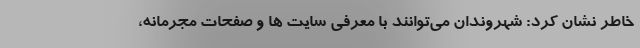
خاطر نشان کرد: شهروندان می‌توانند با معرفی سایت ها و صفحات مجرمانه،